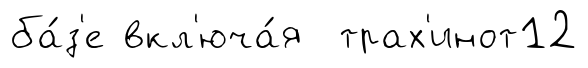
ба́з'е вкл'юча́я трах'инот12